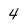
Character: 4